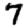
Digit: 7